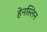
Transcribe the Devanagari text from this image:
हेनस्लिन